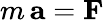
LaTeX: \displaystyle m\, \mathbf{a}=\mathbf{F}